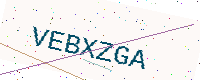
Text: VEBXZGA